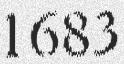
1683